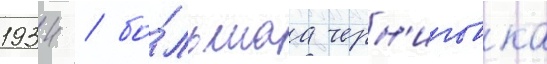
1934 / бо́льшаа черн'иговка